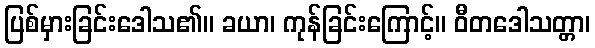
ပြစ်မှားခြင်းဒေါသ၏။ ခယာ၊ ကုန်ခြင်းကြောင့်။ ဝီတဒေါသတ္တာ၊